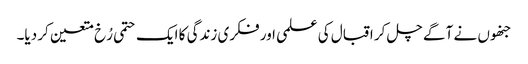
جنھوں نے آگے چل کر اقبال کی علمی اور فکری زندگی کا ایک حتمی رُخ متعین کر دیا۔